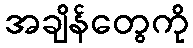
အချိန်တွေကို